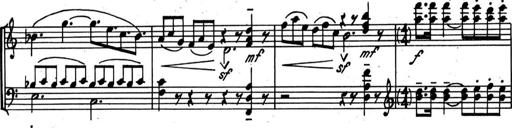
Title: Kleine Sonate
Composer: Raoul Koczalski
Key: C major